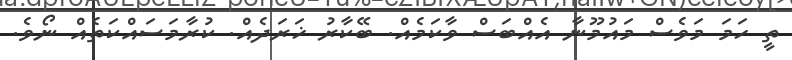
ތީ ހަމަ މަވެސް މައުމޫނާ އެއްބަސް ވާކަމެއް. ބޭކާރު ޚަރަދެއް. ކުރާމަސައްކަތެއް ނޯވެ.